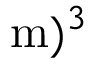
\mathrm { m } ) ^ { 3 }